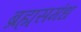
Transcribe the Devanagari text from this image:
ब्रह्मसमंध